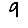
Digit: 9